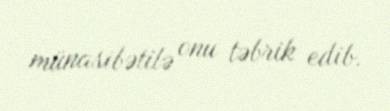
münasibətilə onu təbrik edib.